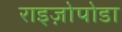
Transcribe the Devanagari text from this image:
राइज़ोपोडा